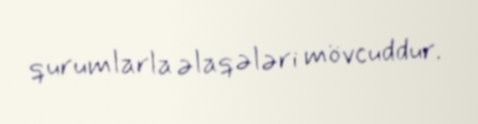
qurumlarla əlaqələri mövcuddur.